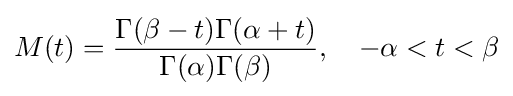
M(t)={\frac {\Gamma (\beta -t)\Gamma (\alpha +t)}{\Gamma (\alpha )\Gamma (\beta )}},\quad -\alpha <t<\beta